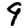
Digit: 9